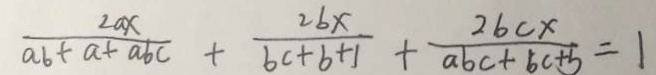
\frac { 2 b x } { a b + a + a b c } + \frac { 2 b c x } { b c + b + 1 } + \frac { 2 b x } { a b c + b c + b } = 1